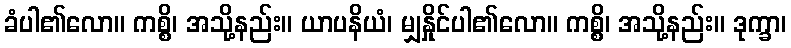
ခံပါ၏လော။ ကစ္စိ၊ အသို့နည်း။ ယာပနိယံ၊ မျှနှိုင်ပါ၏လော။ ကစ္စိ၊ အသို့နည်း။ ဒုက္ခာ၊